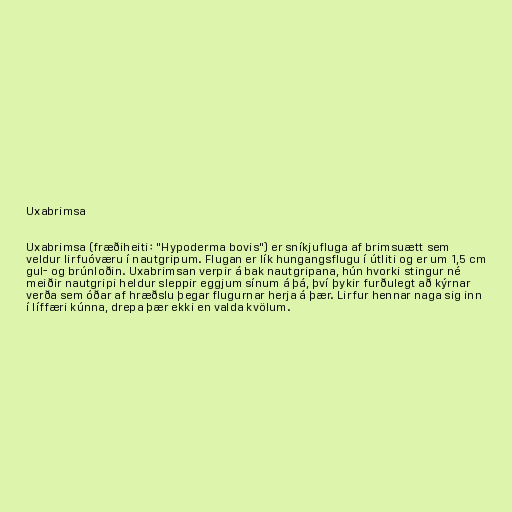
Uxabrimsa

Uxabrimsa (fræðiheiti: "Hypoderma bovis") er sníkjufluga af brimsuætt sem
veldur lirfuóværu í nautgripum. Flugan er lík hungangsflugu í útliti og er um 1,5 cm
gul- og brúnloðin. Uxabrimsan verpir á bak nautgripana, hún hvorki stingur né
meiðir nautgripi heldur sleppir eggjum sínum á þá, því þykir furðulegt að kýrnar
verða sem óðar af hræðslu þegar flugurnar herja á þær. Lirfur hennar naga sig inn
í líffæri kúnna, drepa þær ekki en valda kvölum.